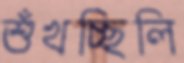
শুঁখচ্ছিলি